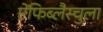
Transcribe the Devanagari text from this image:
ऐंफिब्लैस्चुला